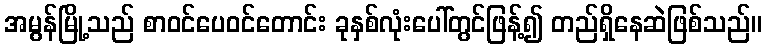
အမွန်မြို့သည် စာဝင်ပေဝင်တောင်း ခုနှစ်လုံးပေါ်တွင်ဖြန့်၍ တည်ရှိနေဆဲဖြစ်သည်။